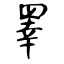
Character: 睪